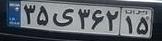
۳۵ی۳۶۲۱۵